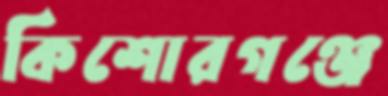
কিশোরগঞ্জে